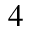
^ 4